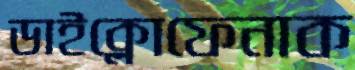
ডাইক্লোফেনাক